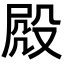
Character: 𣪍